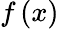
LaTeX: f\left(x\right)